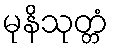
မုနိသုတ္တံ